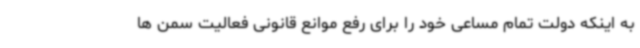
به اینکه دولت تمام مساعی خود را برای رفع موانع قانونی فعالیت سمن ها